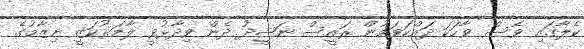
ކެލާގައި ވެސް ވާހަކަ ދައްކަވަމުން ރައީސް ނަޝީދު ދެން ވިދާޅުވީ ލާމަރުކަޒީ ނިޒާމުގެ